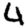
Digit: 4